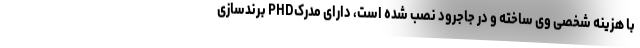
با هزینه شخصی وی ساخته و در جاجرود نصب شده است، دارای مدرکPHD برندسازی